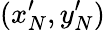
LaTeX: (x_{N}^{\prime},y_{N}^{\prime})